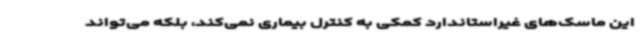
این ماسک‌های غیراستاندارد کمکی به کنترل بیماری نمی‌کند، بلکه می‌تواند